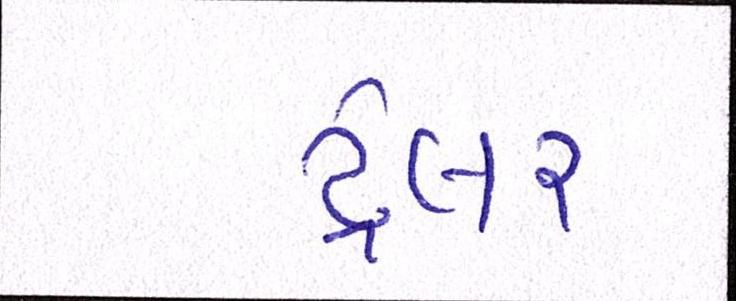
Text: ટ્રેલર